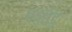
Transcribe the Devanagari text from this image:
एडुबुंटु